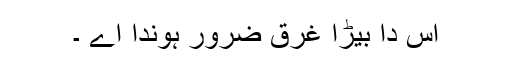
اس دا بیڑا غرق ضرور ہوندا اے ۔